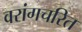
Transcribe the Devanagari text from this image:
वरांगचरित